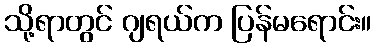
သို့ရာတွင် ဂျရယ်က ပြန်မရောင်း။